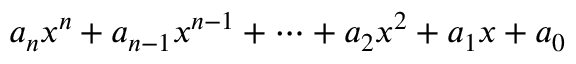
a _ { n } x ^ { n } + a _ { n - 1 } x ^ { n - 1 } + \cdots + a _ { 2 } x ^ { 2 } + a _ { 1 } x + a _ { 0 }